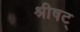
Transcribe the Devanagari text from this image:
श्रीषट्